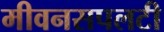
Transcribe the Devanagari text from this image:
मीवनसपलटी